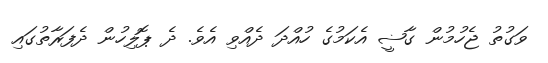
ވަގުތު ޖެހުމުން ގާޟީ އެކަމުގެ ހުއްދަ ދެއްވި އެވެ. ދެ ޕޮލިހުން ދެފަރާތުގައި